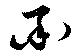
酉